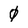
Character: 0